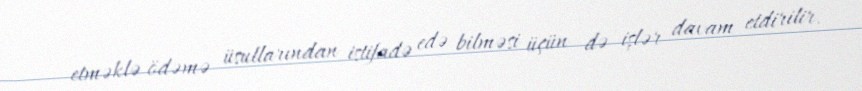
etməklə ödəmə üsullarından istifadə edə bilməsi üçün də işlər davam etdirilir.